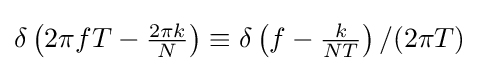
\delta \left(2\pi fT-{\tfrac {2\pi k}{N}}\right)\equiv \delta \left(f-{\tfrac {k}{NT}}\right)/(2\pi T)